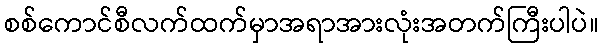
စစ်ကောင်စီလက်ထက်မှာအရာအားလုံးအတက်ကြီးပါပဲ။